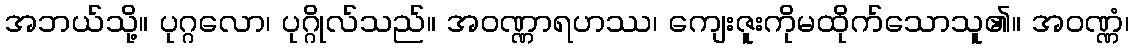
အဘယ်သို့။ ပုဂ္ဂလော၊ ပုဂ္ဂိုလ်သည်။ အဝဏ္ဏာရဟဿ၊ ကျေးဇူးကိုမထိုက်သောသူ၏။ အဝဏ္ဏံ၊